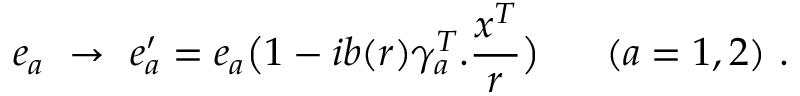
e _ { a } \ \rightarrow \ e _ { a } ^ { \prime } = e _ { a } \big ( 1 - i b ( r ) \gamma _ { a } ^ { T } . \frac { x ^ { T } } { r } \big ) \ \ \ \ \ ( a = 1 , 2 ) \ .